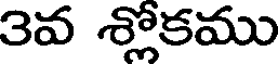
3వ శ్లోకము